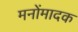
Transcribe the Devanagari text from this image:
मनोंमादक